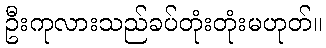
ဦးကုလားသည်ခပ်တုံးတုံးမဟုတ်။